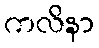
ကလိနာ